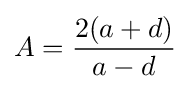
A={\frac {2(a+d)}{a-d}}